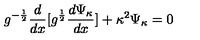
g ^ { - \frac { 1 } { 2 } } \frac { d } { d x } [ g ^ { \frac { 1 } { 2 } } \frac { d \Psi _ { \kappa } } { d x } ] + \kappa ^ { 2 } \Psi _ { \kappa } = 0